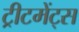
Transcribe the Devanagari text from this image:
ट्रीटमेंट्स